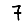
Digit: 7